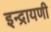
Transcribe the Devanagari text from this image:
इन्द्रायणी